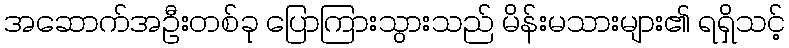
အဆောက်အဦးတစ်ခု ပြောကြားသွားသည် မိန်းမသားများ၏ ရရှိသင့်